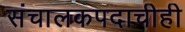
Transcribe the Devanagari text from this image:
संचालकपदाचीही